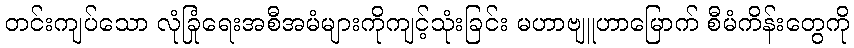
တင်းကျပ်သော လုံခြုံရေးအစီအမံများကိုကျင့်သုံးခြင်း မဟာဗျူဟာမြောက် စီမံကိန်းတွေကို